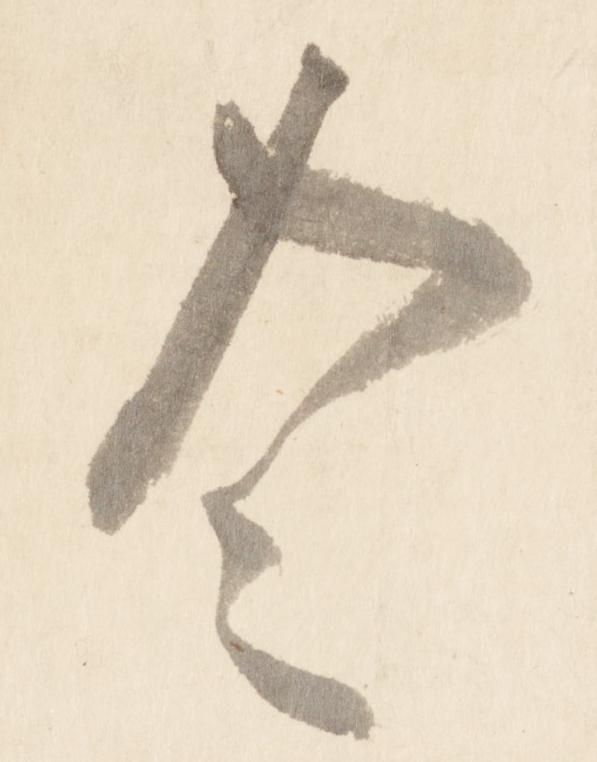
令